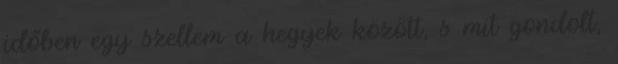
időben egy szellem a hegyek között, s mit gondolt,